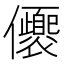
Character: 𠑚